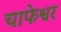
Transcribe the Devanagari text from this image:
चाफेश्वर